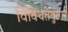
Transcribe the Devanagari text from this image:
विविधतेनुसार